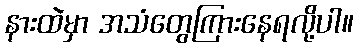
နားထဲမှာ အသံတွေကြားနေရလို့ပါ။